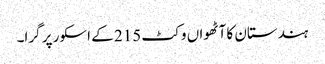
ہندستان کا آٹھواں وکٹ 215 کے اسکور پر گرا۔